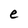
Character: e